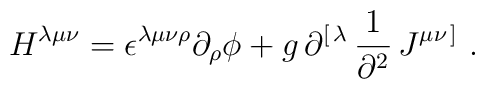
H^{\lambda\mu\nu}= \epsilon^{\lambda\mu\nu\rho}\partial_\rho \phi      + g\, \partial^{[\,\lambda}\, {1\over\partial^2 }\, J^{\mu\nu\,]}\ .